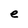
Character: e